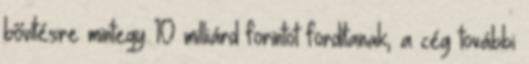
bővítésre mintegy 10 milliárd forintot fordítanak, a cég további